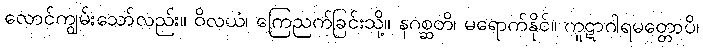
လောင်ကျွမ်းသော်လည်း။ ဝိလယံ၊ ကြေညက်ခြင်းသို့။ နဂစ္ဆတိ၊ မရောက်နိုင်။ ကူဋာဂါရမတ္တောပိ၊